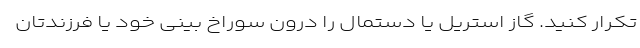
تکرار کنید. گاز استریل یا دستمال را درون سوراخ بینی خود یا فرزندتان